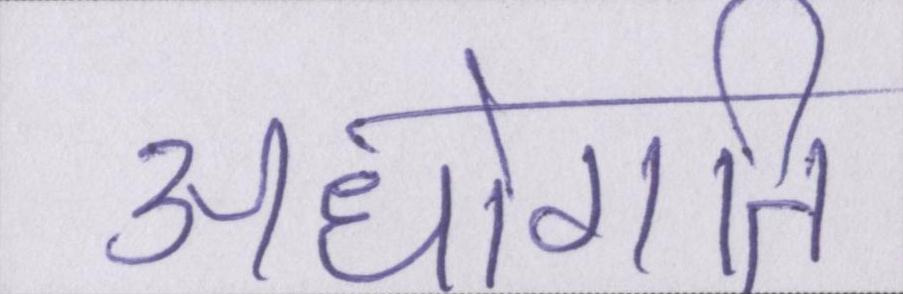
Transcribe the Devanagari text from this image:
अधोगति